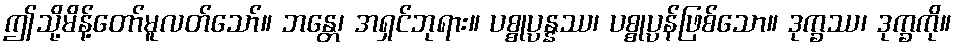
ဤသို့မိန့်တော်မူလတ်သော်။ ဘန္တေ၊ အရှင်ဘုရား။ ပစ္စုပ္ပန္နဿ၊ ပစ္စုပ္ပန်ဖြစ်သော။ ဒုက္ခဿ၊ ဒုက္ခကို။